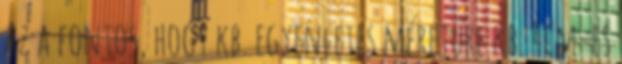
Az a fontos, hogy kb. egyenletes méretűre kb. 4cm-es